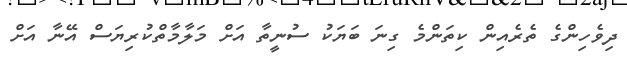
ދިވެހިންގެ ތެރެއިން ކިތަންމެ ގިނަ ބަޔަކު ސުނީތާ އަށް މަލާމާތްކުރިޔަސް އޭނާ އަށް